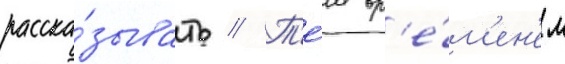
расска́зывать // Т'е́м вр'е́м'ен'ем